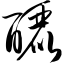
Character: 酾